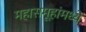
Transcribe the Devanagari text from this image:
महासमूहांमध्ये